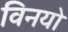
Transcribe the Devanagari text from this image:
विनयो